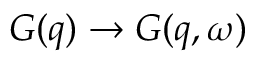
{ G } ( \boldsymbol { q } ) \to { G } ( \boldsymbol { q } , \omega )